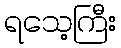
ရသေ့ကြီး